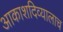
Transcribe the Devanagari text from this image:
आकाशदिव्यालाच